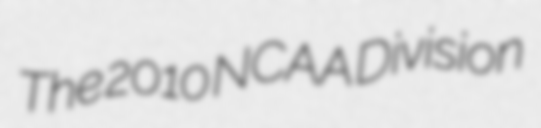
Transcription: The 2010 NCAA Division